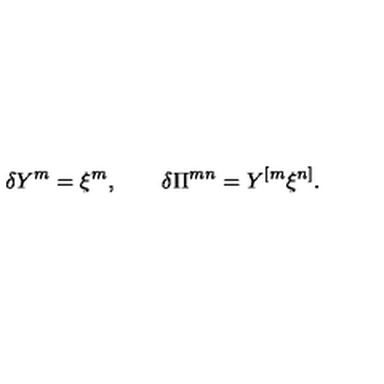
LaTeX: \delta Y ^ { m } = \xi ^ { m } , \qquad \delta \Pi ^ { m n } = Y ^ { [ m } \xi ^ { n ] } .